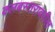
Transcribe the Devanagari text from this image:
क्लबस्तरावरील